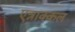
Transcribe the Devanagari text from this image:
एन्नाक्कल